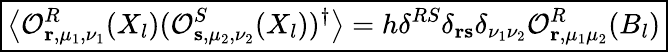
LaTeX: \boxed{\left\langle\mathcal{O}_{\mathbf{r},\mu_{1},\nu_{1}}^{R}(X_{l})(\mathcal{O}_{\mathbf{s},\mu_{2},\nu_{2}}^{S}(X_{l}))^{\dagger}\right\rangle=h\delta^{RS}\delta_{\mathbf{r}\mathbf{s}}\delta_{\nu_{1}\nu_{2}}\mathcal{O}_{\mathbf{r},\mu_{1}\mu_{2}}^{R}(B_{l})}